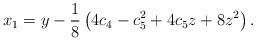
\begin{align*}x_1 = y -\frac{1}{8}\left( 4c_4-c_5^2+4c_5z+8z^2\right).\end{align*}